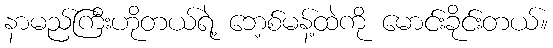
နာမည်ကြီးဟိုတယ်ရဲ့ ဘေ့စ်မန့်ထဲကို မောင်းခိုင်းတယ်။